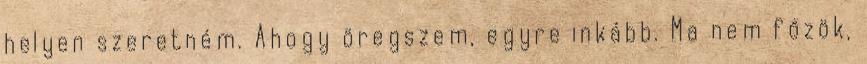
helyen szeretném. Ahogy öregszem, egyre inkább. Ma nem főzök,